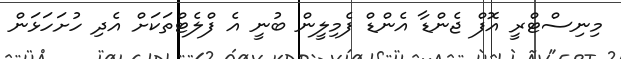
މިނިސްޓްރީ އޮފް ޖެންޑާ އެންޑް ފެމިލީން ބުނީ އެ ފްލެޓްތަކަށް އެދި ހުށަހަޅަން